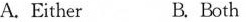
A.Either B. Both